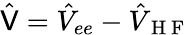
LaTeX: \hat{\mathsf{V}}=\hat{V}_{ee}-\hat{V}_{\mathrm{~H~F~}}